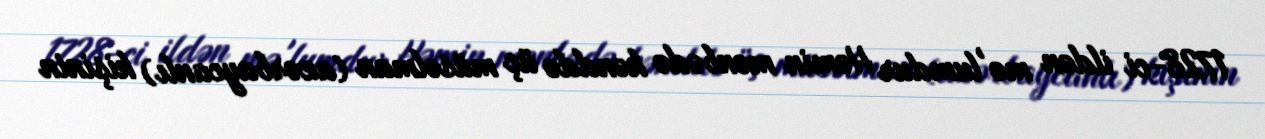
1728-ci ildən mə'lumdur Həmin mənbədə kənddə üç müsəlman (azərbaycanlı) kişinin